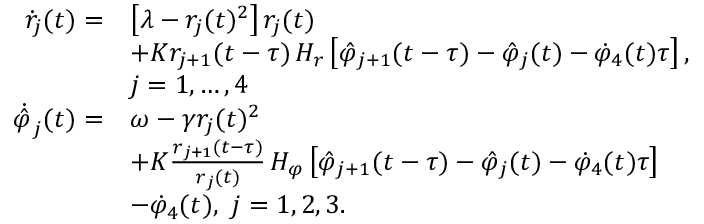
\begin{array} { r l } { \dot { r } _ { j } ( t ) = } & { \left[ \lambda - r _ { j } ( t ) ^ { 2 } \right] r _ { j } ( t ) } \\ & { + K r _ { j + 1 } ( t - \tau ) \, H _ { r } \left[ \hat { \varphi } _ { j + 1 } ( t - \tau ) - \hat { \varphi } _ { j } ( t ) - \dot { \varphi } _ { 4 } ( t ) \tau \right] , } \\ & { j = 1 , \dots , 4 } \\ { \dot { \hat { \varphi } } _ { j } ( t ) = } & { \omega - \gamma r _ { j } ( t ) ^ { 2 } } \\ & { + K \frac { r _ { j + 1 } ( t - \tau ) } { r _ { j } ( t ) } \, H _ { \varphi } \left[ \hat { \varphi } _ { j + 1 } ( t - \tau ) - \hat { \varphi } _ { j } ( t ) - \dot { \varphi } _ { 4 } ( t ) \tau \right] } \\ & { - \dot { \varphi } _ { 4 } ( t ) , ~ j = 1 , 2 , 3 . } \end{array}